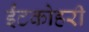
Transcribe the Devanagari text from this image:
ईंटकोहरी